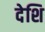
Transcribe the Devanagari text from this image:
देशि